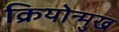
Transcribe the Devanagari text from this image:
क्रियोन्मुख